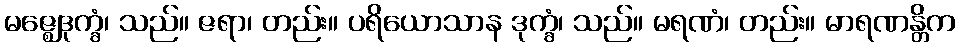
မဇ္ဈေဒုက္ခံ၊ သည်။ ဇရာ၊ တည်း။ ပရိယောသာန ဒုက္ခံ၊ သည်။ မရဏံ၊ တည်း။ မာရဏန္တိက